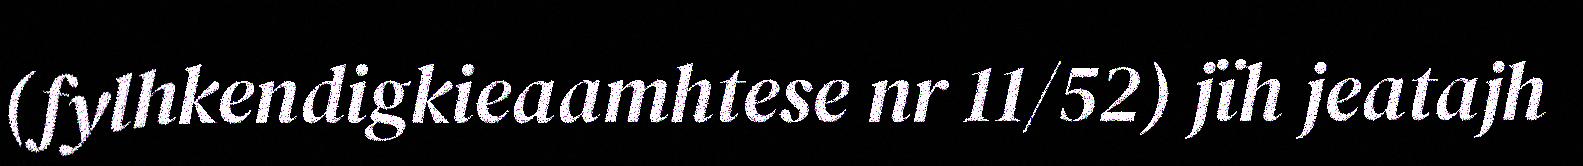
(fylhkendigkieaamhtese nr 11/52) jïh jeatajh